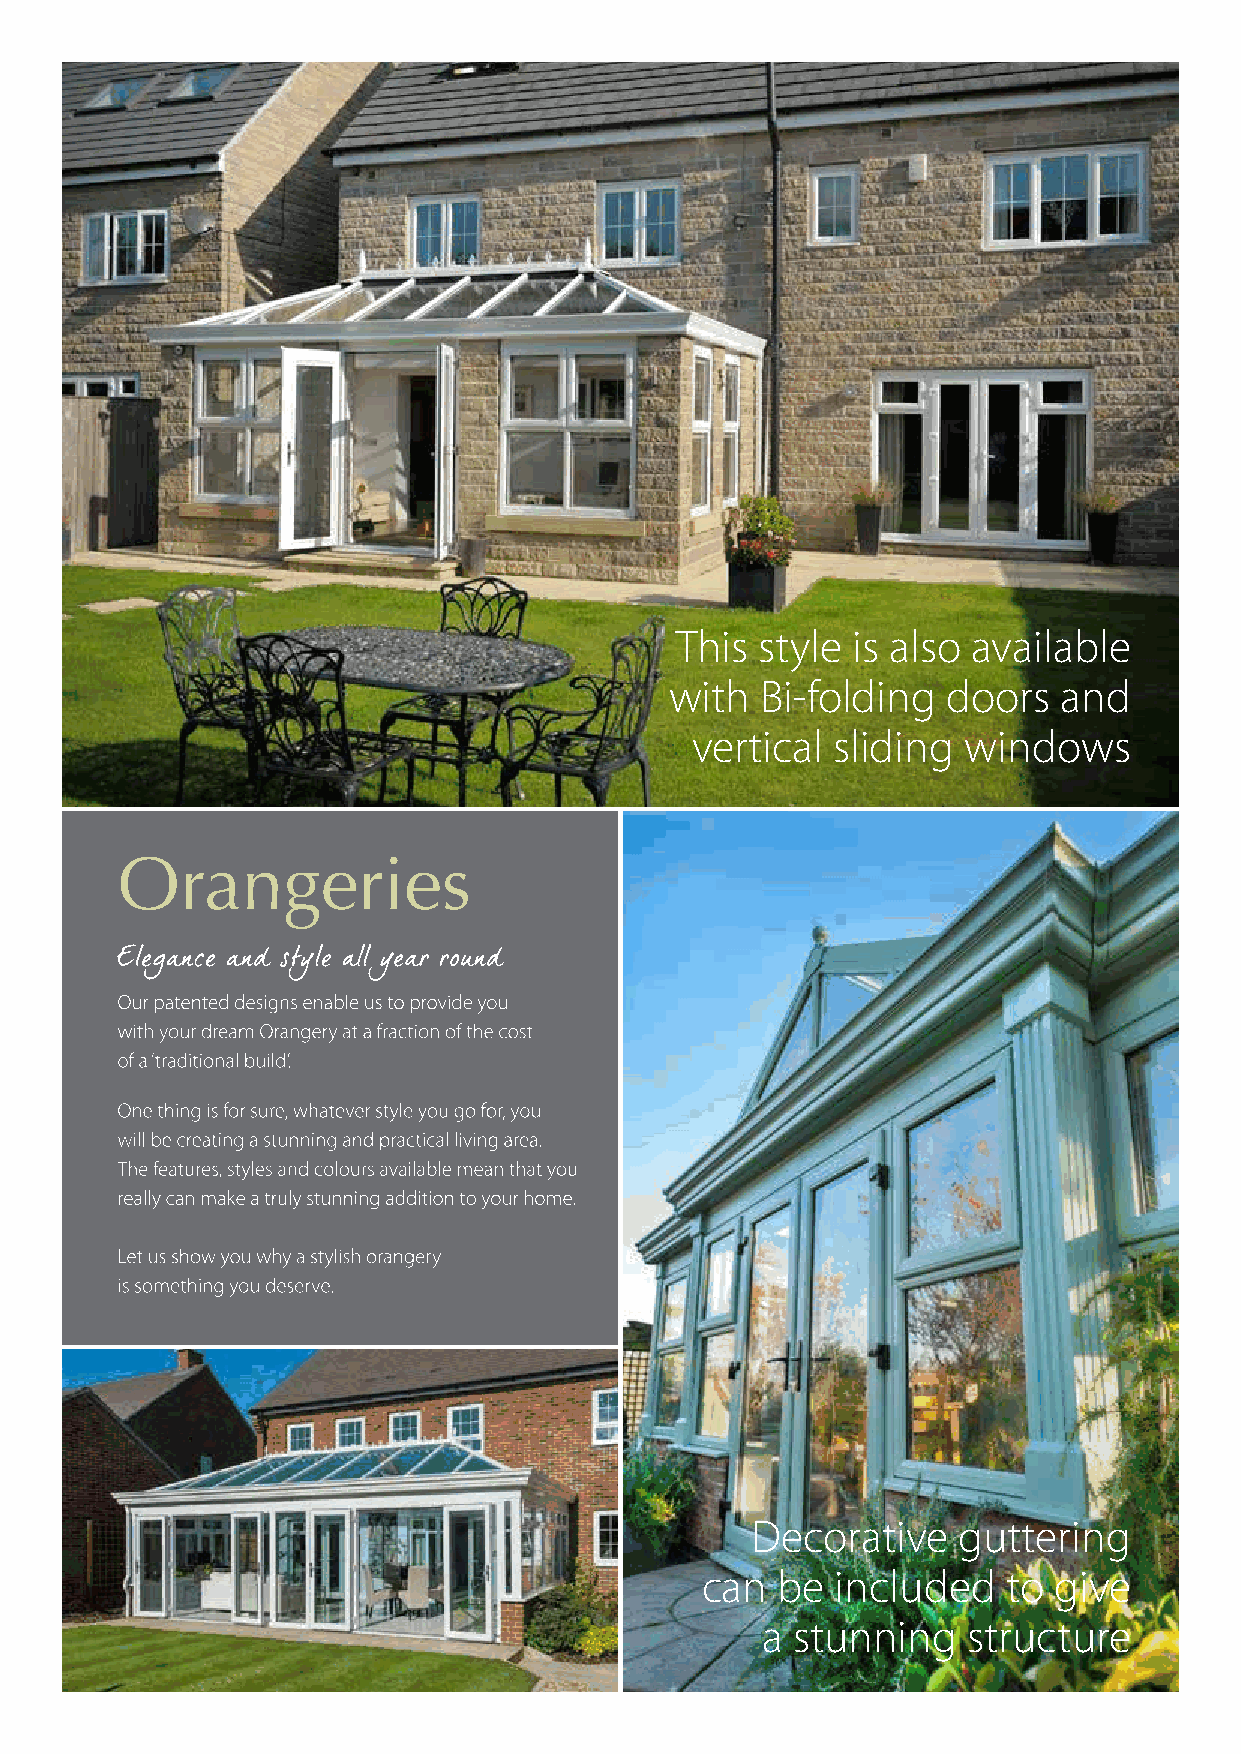
This style is also available
 with  Bi-folding   doors  and
 vertical sliding  windows
 Orangeries
 Decorative   guttering
 can  be  included    to give
 a stunning    structure